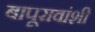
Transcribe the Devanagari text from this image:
बापूरावांशी